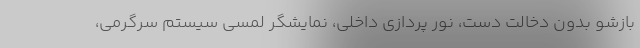
بازشو بدون دخالت دست، نور پردازی داخلی، نمایشگر لمسی سیستم سرگرمی،